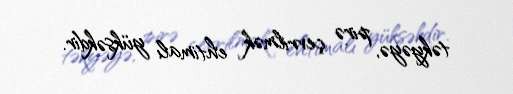
təkyəyə, pirə çevrilmək ehtimalı yüksəkdir.